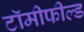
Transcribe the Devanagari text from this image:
टॉमीफील्ड